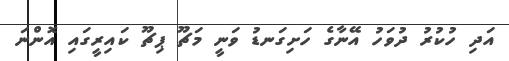
އަދި ހުކުރު ދުވަހު އޭނާގެ ހަށިގަނޑު ވަނީ މަޗޫ ޕިޗޫ ކައިރީގައި އޮންނަ